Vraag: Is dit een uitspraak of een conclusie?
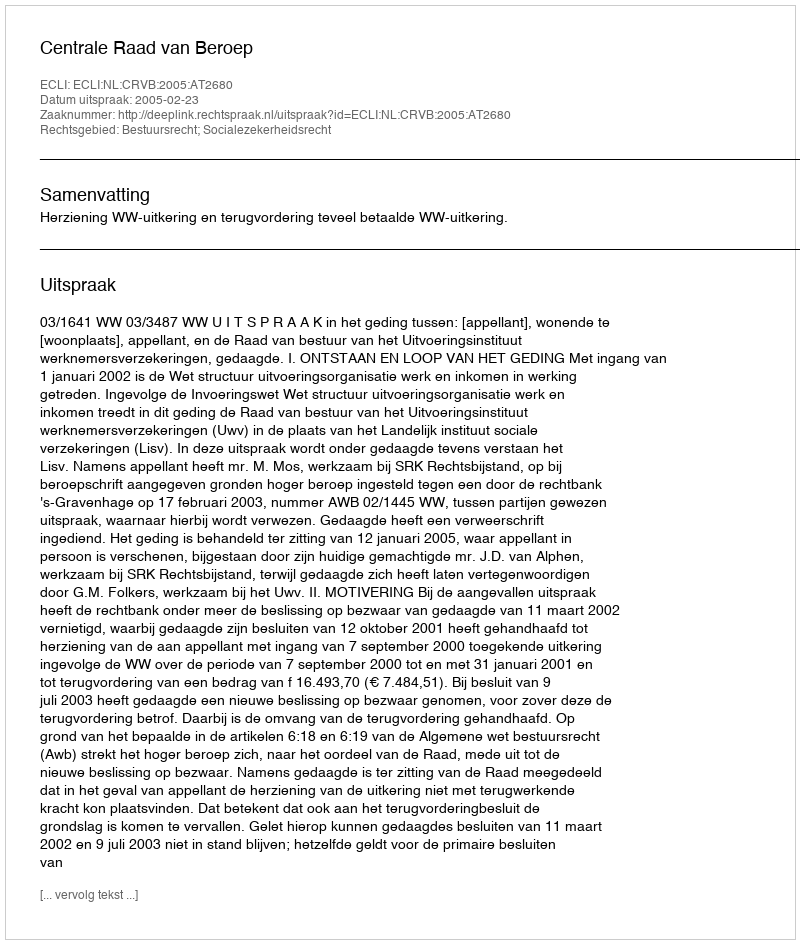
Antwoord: Uitspraak